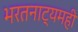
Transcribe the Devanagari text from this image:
भरतनाट्यमही